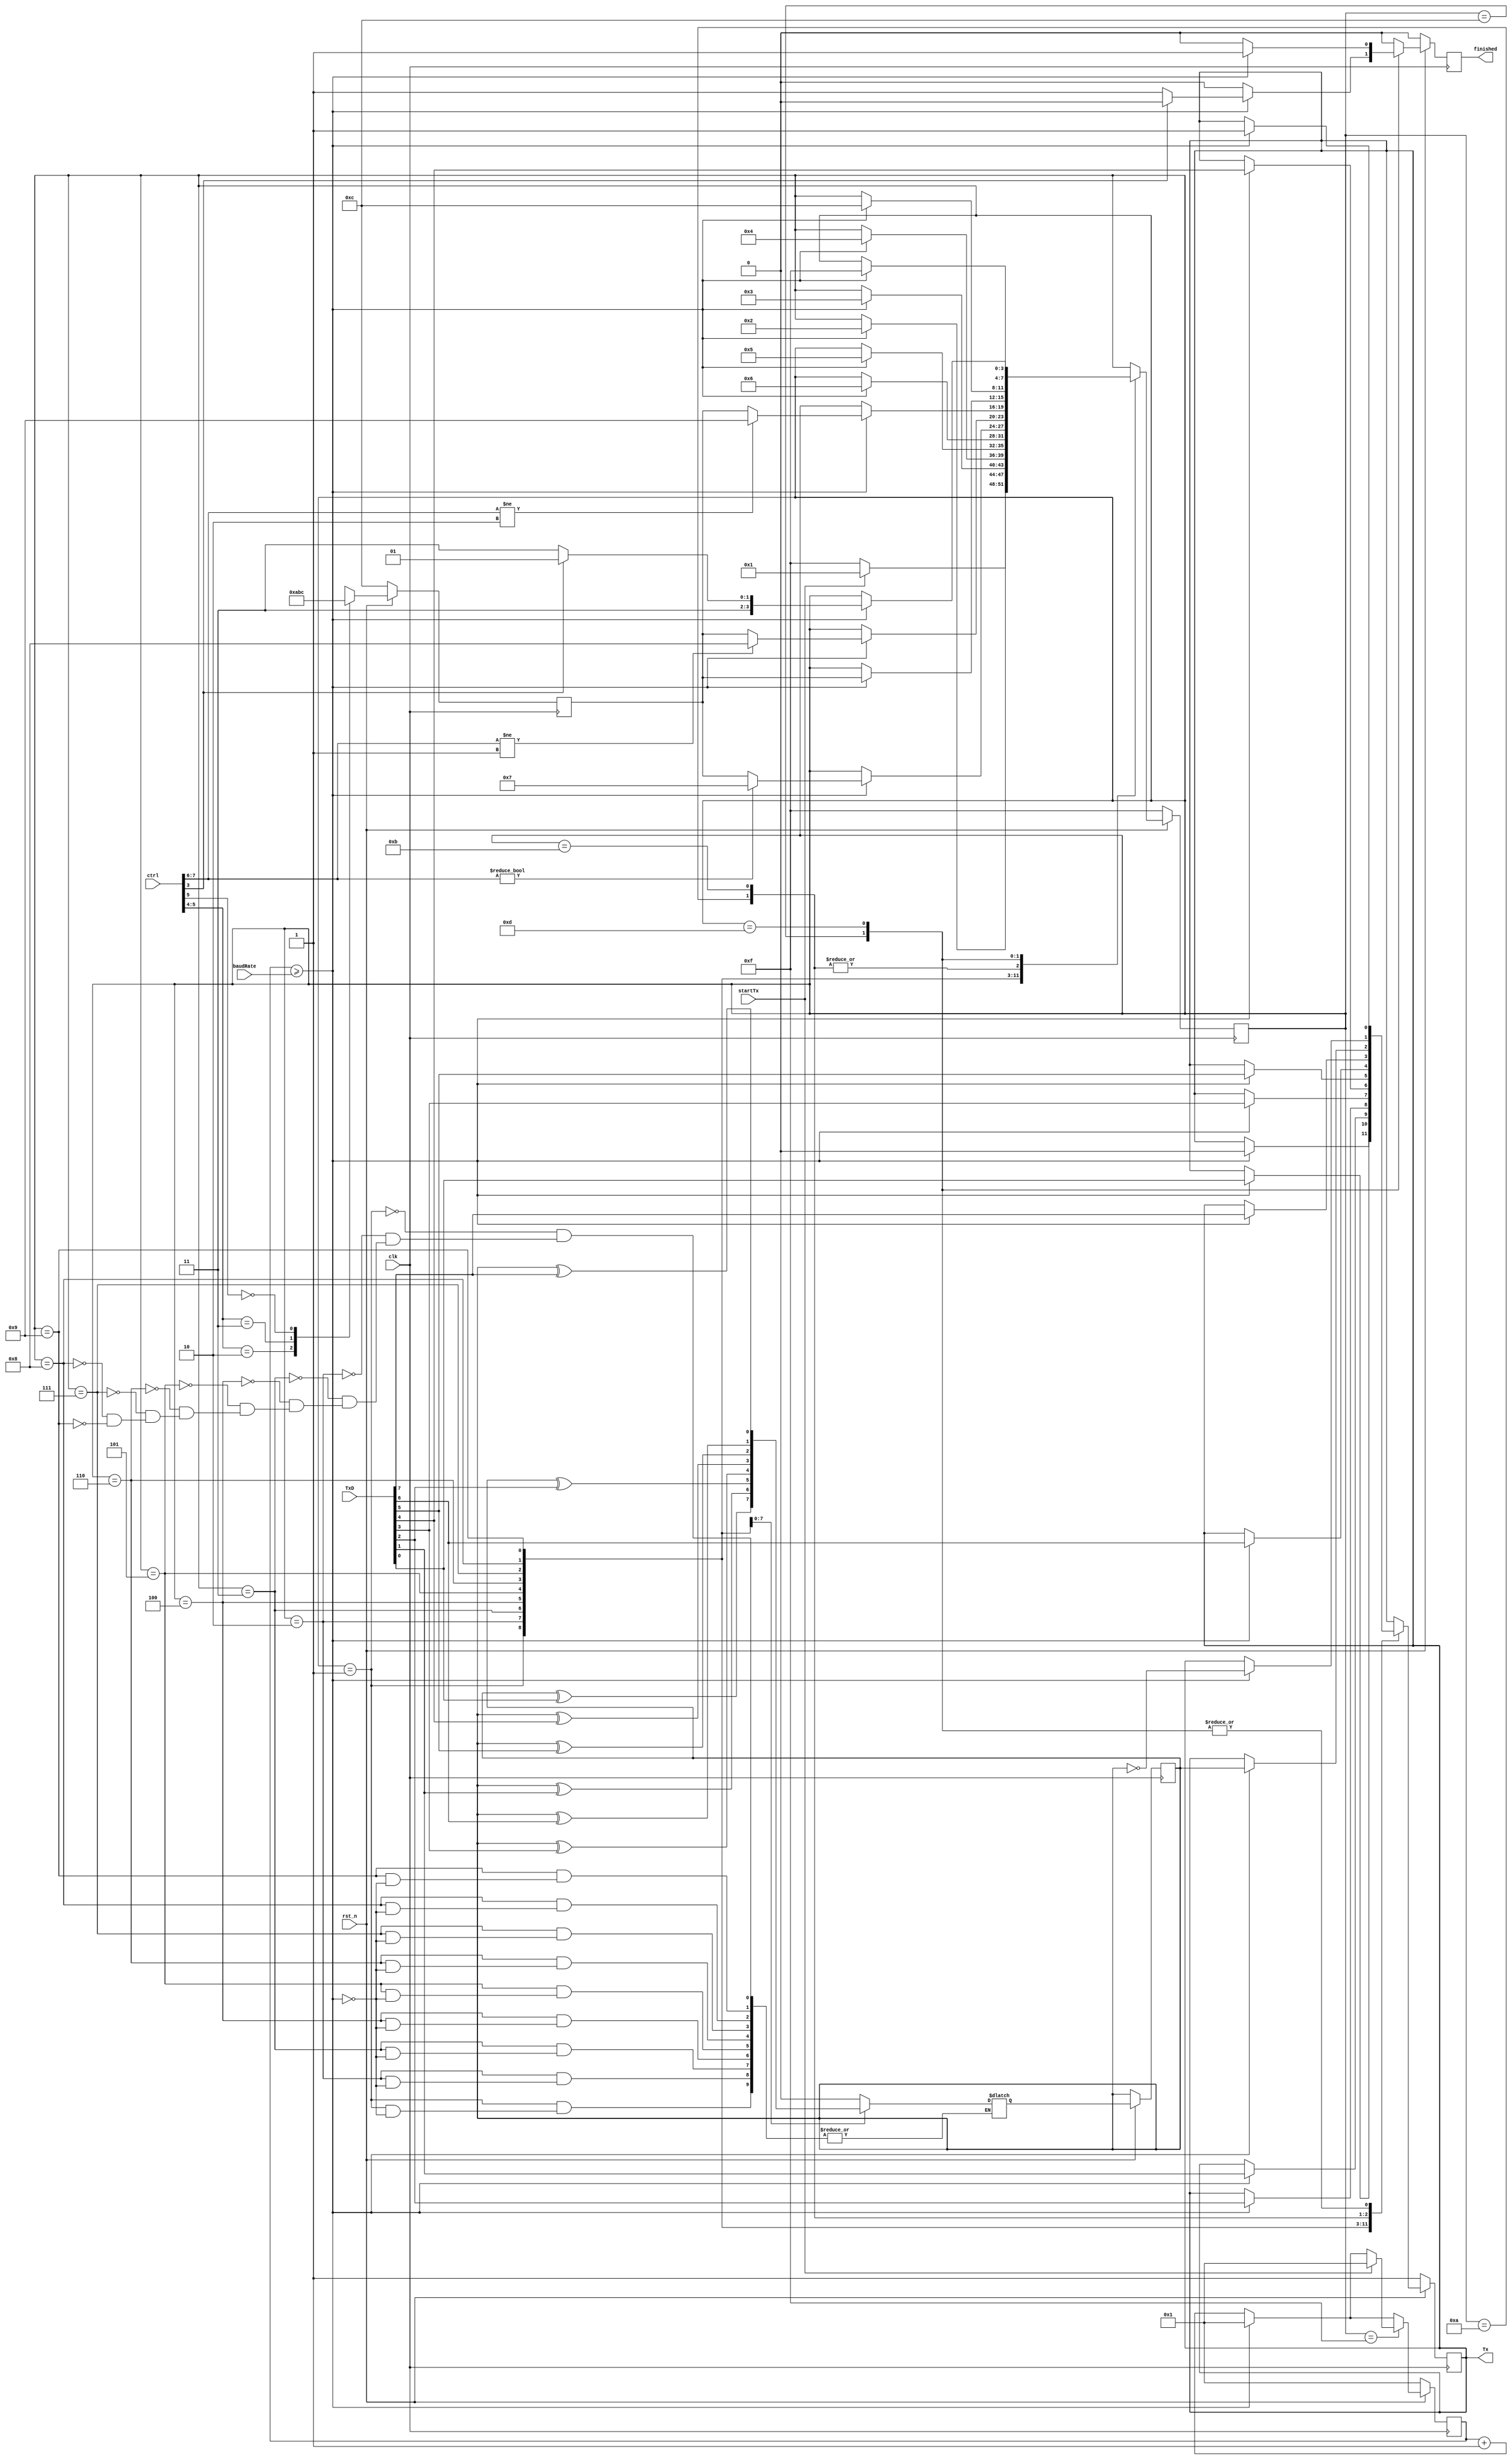
/*
########################################################################
# This file is part of WRAMPsys, a Verilog implimentaion of WRAMP.
#
# Copyright (C) 2019 The University of Waikato, Hamilton, New Zealand.
#
# This program is free software: you can redistribute it and/or modify
# it under the terms of the GNU General Public License as published by
# the Free Software Foundation, either version 3 of the License, or
# (at your option) any later version.
#
# This program is distributed in the hope that it will be useful,
# but WITHOUT ANY WARRANTY; without even the implied warranty of
# MERCHANTABILITY or FITNESS FOR A PARTICULAR PURPOSE.  See the
# GNU General Public License for more details.
#
# You should have received a copy of the GNU General Public License
# along with this program.  If not, see <https://www.gnu.org/licenses/>.
########################################################################
*/
`timescale 1ns / 1ps

module transmitter(
    	input rst_n,
    	input clk,
		input [7:0] TxD,
		input [10:0] ctrl,
		input startTx,
		output reg finished,
    	output reg Tx,
    	input [14:0] baudRate
    );
    
    //statenames
    parameter idle 			=  15;//F
	parameter start 		=  1;
    parameter Data0 		=  2;
    parameter Data1 		=  3;
    parameter Data2 		=  4;
    parameter Data3 		=  5;
    parameter Data4 		=  6;
    parameter Data5 		=  7;
    parameter Data6 		=  8;
    parameter Data7 		=  9;
    parameter EvenParity 	= 10;//A
    parameter OddParity 	= 11;//B
    parameter firstStopBit 	= 12;//C
    parameter secondStopBit = 13;//D
    parameter errState 		= 14;//E
    	
	
	//initial TxC = 0;
	
	reg [14:0] next_counter, counter; //19 bits counter to count the baud rate, counter = clock / baud rate
		
	reg [3:0] TXstate,next_TXstate,TXafterDataState, next_TXafterDataState; 
	// initial & next state variable

	reg next_Tx;
	reg next_finished, EvenParityBit, next_EvenParityBit;
	
	always @ (posedge clk) begin
		if(~rst_n) begin			
			counter <= 1; // counter for baud rate is reset to 0 
			TXstate <= idle; // state is idle (state = 0)			
			Tx <= 1;
			finished <= 0;			
			TXafterDataState <= firstStopBit;
		end
		else begin
			counter <= next_counter; 
			TXstate <= next_TXstate;
			Tx <= next_Tx;
			finished <= next_finished;		
			EvenParityBit <= next_EvenParityBit;
			TXafterDataState <= next_TXafterDataState;
		end

	end

	//UART transmission logic
	always @(*) begin 		
		next_TXstate = TXstate;
		
		next_Tx = Tx;
		next_finished = 0;

		casez (ctrl[5:4])				
			2'b10: begin
				next_TXafterDataState = EvenParity;
			end
			
			2'b11 : begin
				next_TXafterDataState = OddParity;
			end
			
			2'b0Z : begin //no parity				
				next_TXafterDataState = firstStopBit;
			end
		endcase		
		
		next_counter = counter + 1; //counter for baud rate generator start counting 

		if (counter >= baudRate) begin //fixed cycle of data rate
			next_counter = 1; // reset couter to 1
		end 
		
        case(TXstate) 
            idle: begin // idle state                
                if (startTx) begin
                    next_TXstate = start;
					next_counter = 1;
                end
                else begin
                    next_TXstate = idle;
                end
            end

            start: begin
            
                if (counter >= baudRate) begin 
                    next_TXstate = Data0;    
                    next_EvenParityBit = 0;
                    next_Tx = 0; //start bit
                end
                
            end

            Data0: begin
                if (counter >= baudRate) begin 
                    next_Tx = TxD[0];
                    next_EvenParityBit = EvenParityBit ^ TxD[0];
                    next_TXstate = Data1;
                end
            end

            Data1: begin
                if (counter >= baudRate) begin 
                    next_Tx = TxD[1];
                    next_EvenParityBit = EvenParityBit ^ TxD[1];
                    next_TXstate = Data2;
                end
            end

            Data2: begin
                if (counter >= baudRate) begin 
                    next_Tx = TxD[2];
                    next_EvenParityBit = EvenParityBit ^ TxD[2];
                    next_TXstate = Data3;
                end
            end

            Data3: begin
                if (counter >= baudRate) begin 
                    next_Tx = TxD[3];
                    next_EvenParityBit = EvenParityBit ^ TxD[3];
                    next_TXstate = Data4;
                end
            end

            Data4: begin
                if (counter >= baudRate) begin 
                    next_Tx = TxD[4];
                    next_EvenParityBit = EvenParityBit ^ TxD[4];
    
                    if (ctrl[7:6] != 2'b00) begin //if only 5bits to transmit
                        next_TXstate = Data5;
                    end	else begin
                        next_TXstate = TXafterDataState;
                    end
                end		
            end

            Data5: begin
                if (counter >= baudRate) begin 
                    next_Tx = TxD[5];
                    next_EvenParityBit = EvenParityBit ^ TxD[5];
    
                    if (ctrl[7:6] != 2'b01) begin //if the opcode number of bits is not 0x (6bits)
                        next_TXstate = Data6;
                    end
                    else begin
                        next_TXstate = TXafterDataState;
                    end
                end
            end

            Data6: begin
                if (counter >= baudRate) begin 
                    next_Tx = TxD[6];
                    next_EvenParityBit = EvenParityBit ^ TxD[6];
    
                    if (ctrl[7:6] != 2'b10) begin //if the opcode number of bits is not 0x (6bits)
                        next_TXstate = Data7;
                    end
                    else begin
                        next_TXstate = TXafterDataState;
                    end
                end
            end

            Data7: begin
                if (counter >= baudRate) begin 
                    next_Tx = TxD[7];
                    next_EvenParityBit = EvenParityBit ^ TxD[7];
    
                    next_TXstate = TXafterDataState;
                end
            end

            EvenParity: begin
                if (counter >= baudRate) begin 
                    next_Tx = EvenParityBit;    
                    next_TXstate = firstStopBit;
                end
            end
            
            OddParity: begin
                if (counter >= baudRate) begin 
                    next_Tx = ~EvenParityBit;    
                    next_TXstate = firstStopBit;
                end
            end

            firstStopBit: begin
                if (counter >= baudRate) begin 
					next_Tx = 1;
                    if(ctrl[3] == 1'b1) begin
                        next_TXstate = secondStopBit;
                    end else begin
                        next_finished = 1;
                        next_TXstate = idle;
                    end
                end
            end

            secondStopBit: begin
                if (counter >= baudRate) begin 
                    next_Tx = 1;                    
                    next_finished = 1;
                    next_TXstate = idle;
                end
            end			
        endcase
	end 
endmodule